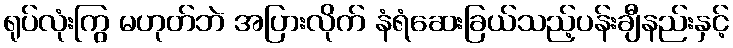
ရုပ်လုံးကြွ မဟုတ်ဘဲ အပြားလိုက် နံရံဆေးခြယ်သည့်ပန်းချီနည်းနှင့်